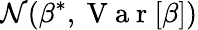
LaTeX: \mathcal{N}(\beta^{*},\mathrm{~V~a~r~}[\beta])